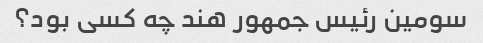
سومین رئیس جمهور هند چه کسی بود؟